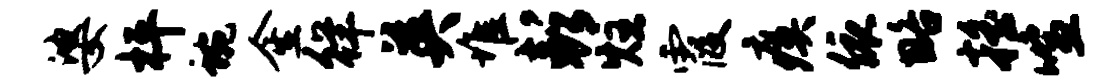
婆枰蜿金徉英堆彭炷霞瘼依略摇喧